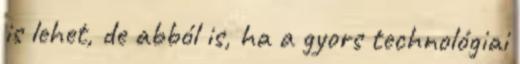
is lehet, de abból is, ha a gyors technológiai